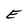
Character: E